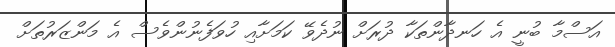
އަސްމާ ބުނީ އެ ހަނދާންތަކާ ދުރަށް ނުދެވޭ ކަމަށާއި ހުވަފެނުންވެސް އެ މަންޒަރުތަށް